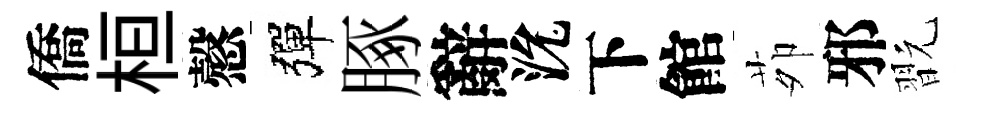
僑桓慤彈䐁辭沇下館茆邪翫